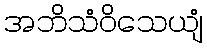
အဘိသံဝိသေယျံ